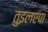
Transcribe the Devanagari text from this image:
तुइलएपा